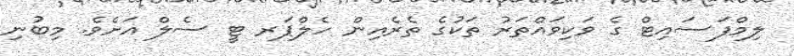
ލިމްފަސައިޓް ގެ ވަކިވައްތަރު ތަކުގެ ތެރެއިން ހެލްޕަރ ޓީ ސެލް އަށެވެ. މިބުނި